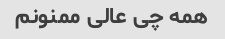
همه چی عالی ممنونم